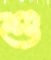
শু